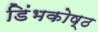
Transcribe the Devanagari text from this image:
डिंभकोष्ठ